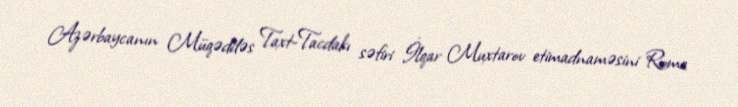
Azərbaycanın Müqəddəs Taxt-Tacdakı səfiri İlqar Muxtarov etimadnaməsini Roma